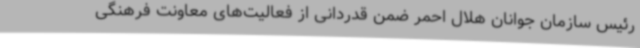
رئیس سازمان جوانان هلال احمر ضمن قدردانی از فعالیت‌های معاونت فرهنگی